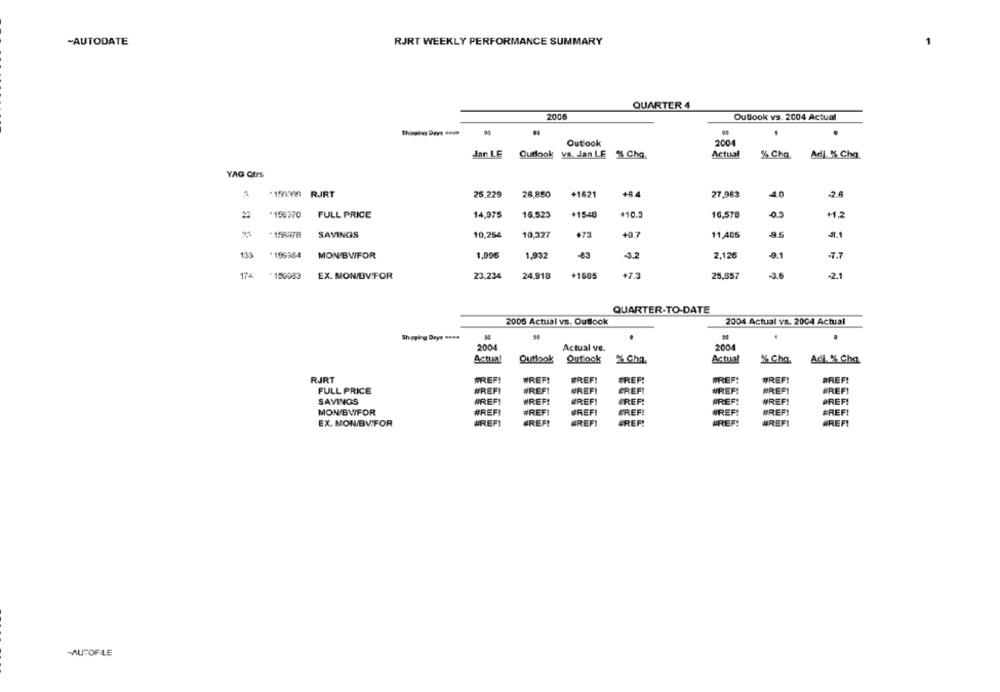
-AUTODATE
RJRT WEEKLY PERFORMANCE SUMMARY
QUARTER 4
2005
Outlook vs. 2004 Actual
Outlook
2004
Jar LE Outlook vs. Jan LE % Chq.
Actual
% Ckq.
Adj % Chq
YAG Ofrs
'1998 RJRT
25,229
26,850
+1621
+8.4
27,983
-2.6
22
* 199970
FULL PRICE
14,975
16,523
+1548
+10.3
16,578
05
+1.2
+158878
SAVINGS
10,254
10,327
+73
+0.7
11,405
5.1
133
*196984
MON/BWFOR
1,096
1,932
3.2
2,126
-7.7
17
150083
EX. MON/BVFOR
23.234
24.918
+1685
+7.3
25,857
3.6
-2.1
QUARTER-TO-DATE
2005 Actual vs. Outlock
2004 Actual vs. 2004 Actual
Shipping Drys ....
2004
2004
Actual ve.
Actual
Outlook
Outlook
% Cha
Actual
% Cha
Adil % Cha
RJRT
WREF!
WREF!
BREF!
BREF!
WREF!
WREF!
BREF!
FULL PRICE
WREFI
#REFI
#REFI
EREFI
WREF!
PREF!
#REF!
SAVINGS
#REFI
#REFI
#REFI
ERER!
WREF:
#REFI
MON/BWFOR
#REFI
#REFI
GREFI
FREF!
WREF:
#REF!
#REF!
WREFI
WREF!
#REFI
WREF!
#REFI
BREF!
EX. MON/BV FOR
MUFOFLE